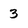
Character: 3